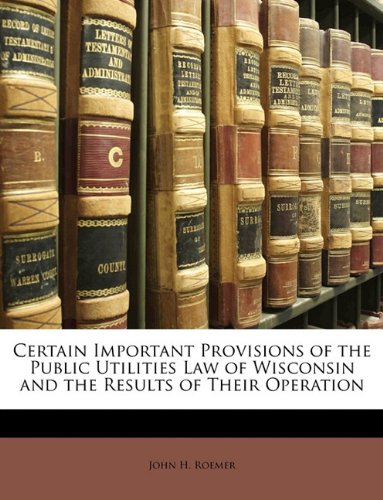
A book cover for Certain Important Provisions of the Public Utilities Law of Wisconsin and the Results of Their Operation; John H. Roemer; Law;